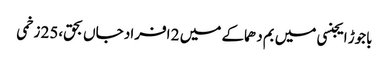
باجوڑ ایجنسی میں بم دھماکے میں 2 افراد جاں بحق،25 زخمی